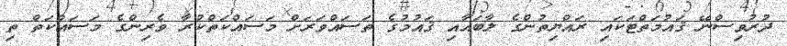
ދުރުވިސްނޭ ޤައުމަތްޓަކައި ރައްޔިތުންގެ ލާބައާއި ޤައުމުގެ ތަސައްވަރަށް މަސައްކަތްކުރާ ވެރިންގެ މަސައްކަތް ތި